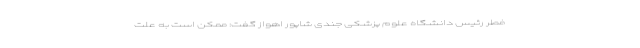
فطر رئیس دانشگاه علوم پزشکی جندی شاپور اهواز گفت: ممکن است به علت